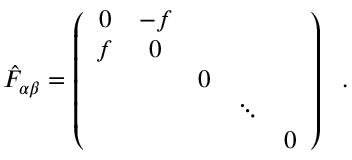
{ \hat { F } } _ { \alpha \beta } = \left( \begin{array} { c c c c c } { { 0 } } & { { - f } } & { { } } & { { } } & { { } } \\ { { f } } & { { 0 } } & { { } } & { { } } & { { } } \\ { { } } & { { } } & { { 0 } } & { { } } & { { } } \\ { { } } & { { } } & { { } } & { { \ddots } } & { { } } \\ { { } } & { { } } & { { } } & { { } } & { { 0 } } \end{array} \right) ~ ~ .